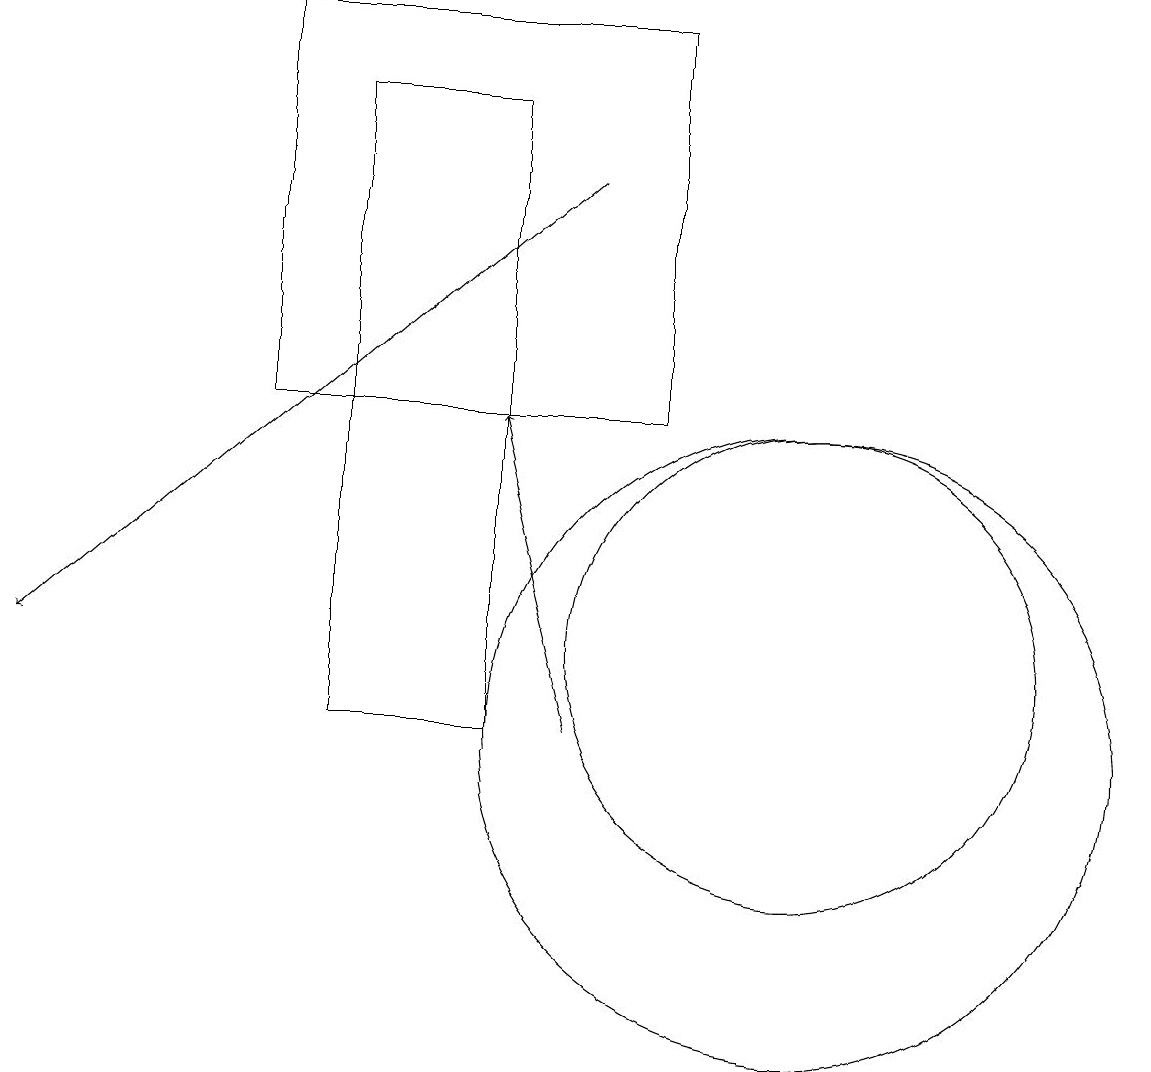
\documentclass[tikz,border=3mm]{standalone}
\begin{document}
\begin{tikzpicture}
\draw (4,10) rectangle (6,18);
\draw[->] (7,17) -- (0,11);
\draw[->] (7,10) -- (6,14);
\draw (10,10) circle (4);
\draw (3,19) rectangle (8,14);
\draw (10,11) circle (3);
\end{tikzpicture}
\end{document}